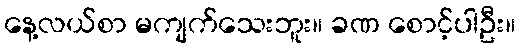
နေ့လယ်စာ မကျက်သေးဘူး။ ခဏ စောင့်ပါဦး။